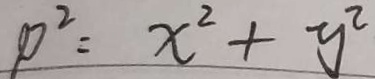
p ^ { 2 } = x ^ { 2 } + y ^ { 2 }